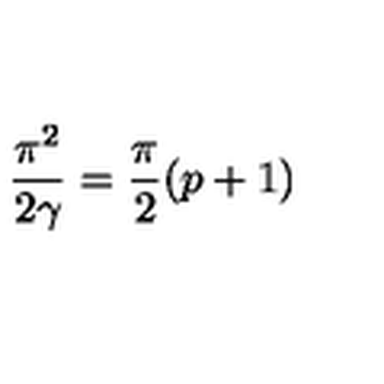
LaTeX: \frac { \pi ^ { 2 } } { 2 \gamma } = \frac { \pi } { 2 } ( p + 1 ) \protect